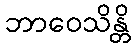
ဘာဝေသိန္တိ